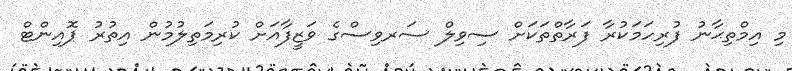
މި އިމްތިޙާނު ފުރިހަމަކުރާ ފަރާތްތަކަށް ސިވިލް ސަރވިސްގެ ވަޒީފާއަށް ކުރިމަތިލުމުން އިތުރު ޕޮއިންޓް